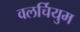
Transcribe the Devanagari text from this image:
वलर्चियुम